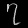
Digit: ၇